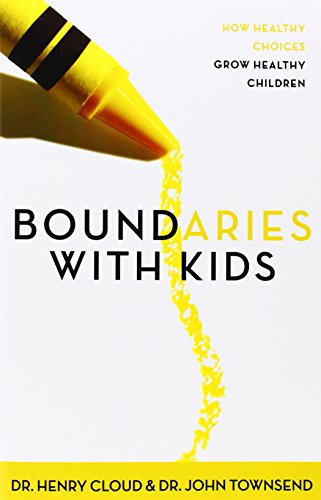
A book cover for Boundaries with Kids: When to Say Yes, When to Say No, to Help Your Children Gain Control of Their Lives; Henry Cloud; Christian Books & Bibles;